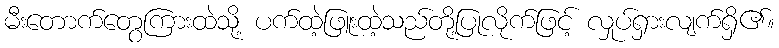
မီးတောက်တွေကြားထဲသို့ ပက်ထဲ့ဖြူးထဲ့သည်တို့ပြုလိုက်ဖြင့် လှုပ်ရှားလျက်ရှိ၏။